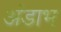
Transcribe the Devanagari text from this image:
अंडाभ